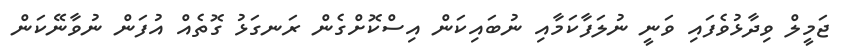
ޖަމީލް ވިދާޅުވެފައި ވަނީ ނުލަފާކަމާއި ނުބައިކަން އިސްކޮށްގެން ރަނގަޅު ގޮތެއް އުފަން ނުވާނޭކަން